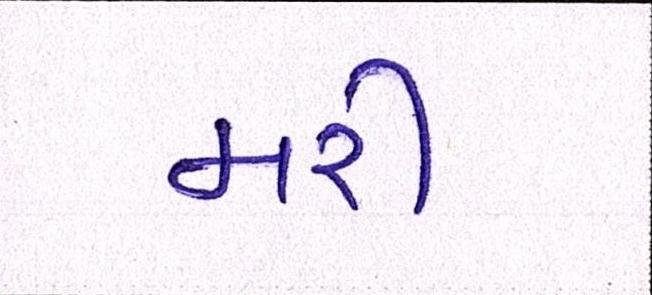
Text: મરી